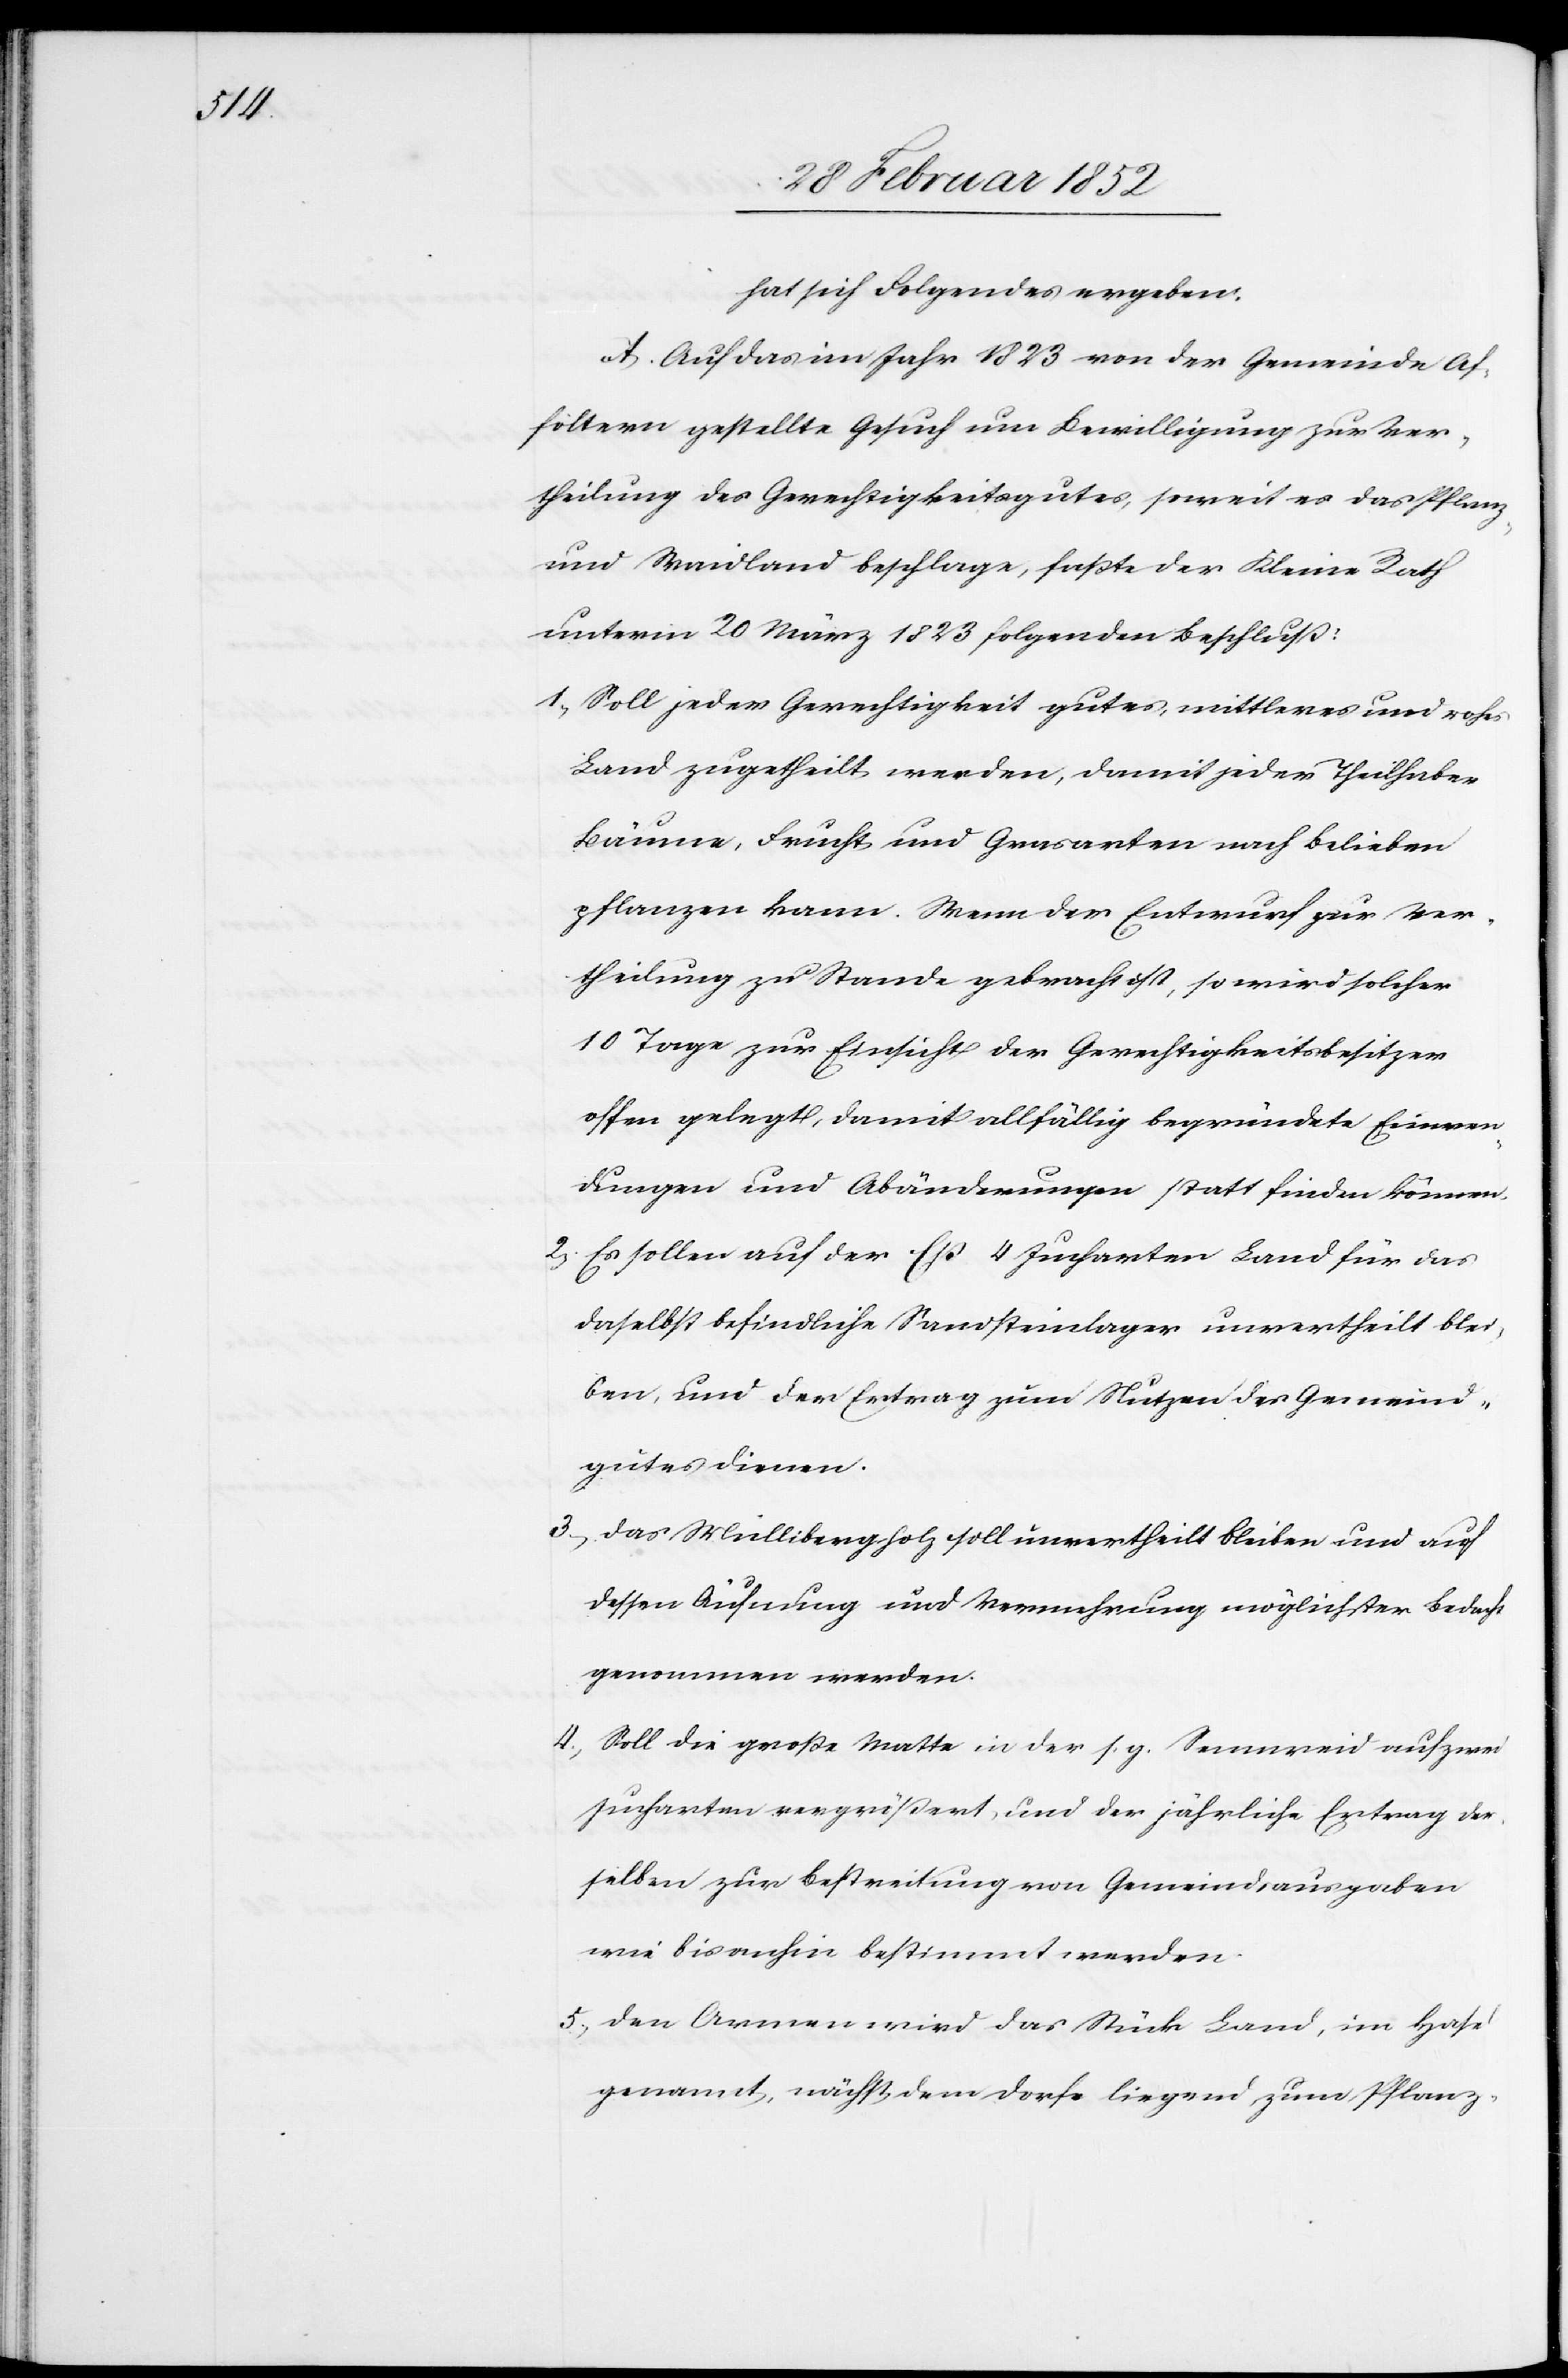
hat sich folgendes ergeben.
A. Auf das im Jahr 1823 von der Gemeinde Af¬
foltern gestellte Gesuch um Bewilligung zur Ver¬
theilung des Gerechtigkeitsgutes, soweit es das Pflanz-
und Waidland beschlage, faßte der Kleine Rath
unterm 20 März 1823 folgenden Beschluß:
1.) Soll jeder Gerechtigkeit gutes, mittleres und rohes
Land zugetheilt werden, damit jeder Theilhaber
Bäume, Frucht und Grasarten nach Belieben
pflanzen kann. Wenn der Entwurf zur Ver¬
theilung zu Stande gebracht ist, so wird solcher
10 Tage zur Einsicht der Gerechtigkeitsbesitzer
offen gelegt, damit allfällig begründete Einwen¬
dungen und Abänderungen statt finden können.
2.) Es sollen auf der Eß 4 Jucharten Land für das
daselbst befindliche Sandsteinlager unvertheilt blei¬
ben, und der Ertrag zum Nutzen des Gemeind¬
gutes dienen.
3.) Das Müllibergholz soll unvertheilt bleiben und auf
dessen Äufnung und Vermehrung möglichster Bedacht
genommen werden.
4.) Soll die große Matte in der s. g. Sennweid auf zwei
Jucharten vergrößert, und der jährliche Ertrag der¬
selben zur Bestreitung von Gemeindausgaben
wie bisanhin bestimmt werden.
5.) Den Armen wird das Stück Land, im Hasel
genannt, nächst dem Dorfe liegend zum Pflanz-